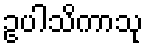
ဥပါသိကာသု